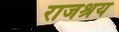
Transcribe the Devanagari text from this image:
राजश्रय